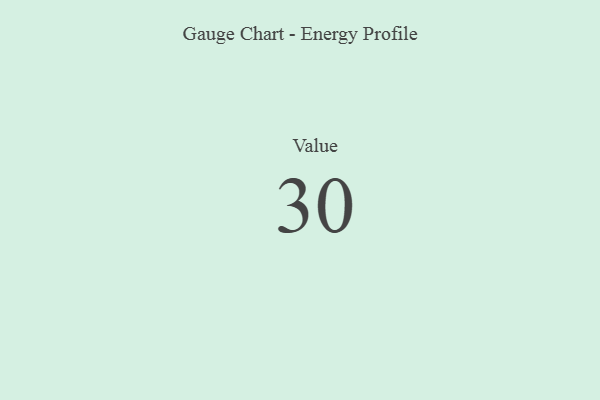
{"axis": {"x": "Metric", "y": "Value"}, "legend": [""], "data": [{"x": "Value", "y": 30, "type": ""}]}